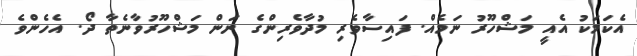
އެކަމަކު އެއީ މަޝްހޫރު ނަމެއް. ފައިސާވެރި މުދާވެރިންގެ ނަން މަޝްހޫރުވާނެތާ ދޯ. އެހެންވެ